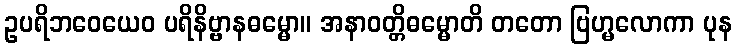
ဥပရိဘဝေယေဝ ပရိနိဗ္ဗာနဓမ္မော။ အနာဝတ္တိဓမ္မောတိ တတော ဗြဟ္မလောကာ ပုန